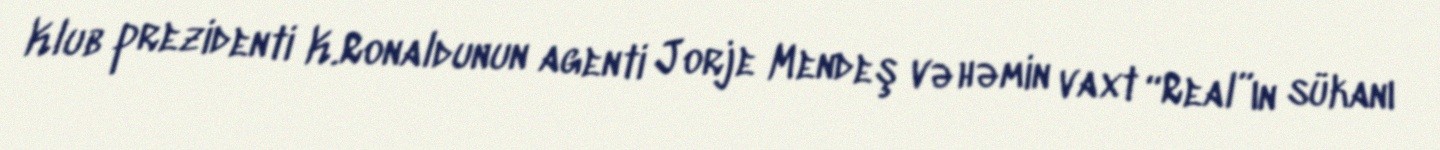
Klub prezidenti K.Ronaldunun agenti Jorje Mendeş və həmin vaxt “Real”ın sükanı